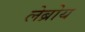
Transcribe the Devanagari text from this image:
लेब्रोय